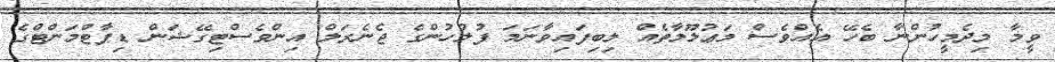
ވީމާ މިދެމީހުންނާ ބެހޭ އެއްވެސް މަޢުލޫމާތެއް ލިބިފައިވާނަމަ ފުލުހުންގެ ޖެނެރަލް އިންވެސްޓިގޭޝަން ޑިޕާޓްމަންޓްގެ